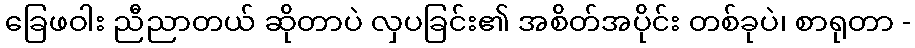
ခြေဖဝါး ညီညာတယ် ဆိုတာပဲ လှပခြင်း၏ အစိတ်အပိုင်း တစ်ခုပဲ၊ စာရုတာ -